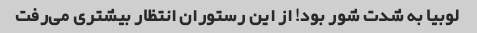
لوبیا به شدت شور بود! از این رستوران انتظار بیشتری می‌رفت